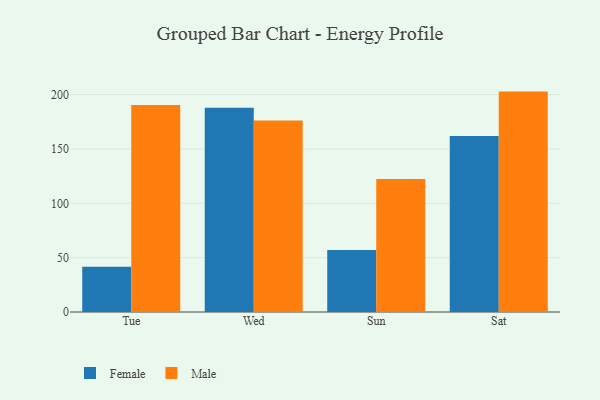
{"axis": {"x": "Day", "y": "Shipments"}, "legend": ["Female", "Male"], "data": [{"x": "Tue", "y": 41.7, "type": "Female"}, {"x": "Tue", "y": 190.5, "type": "Male"}, {"x": "Wed", "y": 187.9, "type": "Female"}, {"x": "Wed", "y": 176.3, "type": "Male"}, {"x": "Sun", "y": 57.0, "type": "Female"}, {"x": "Sun", "y": 122.3, "type": "Male"}, {"x": "Sat", "y": 162.0, "type": "Female"}, {"x": "Sat", "y": 202.8, "type": "Male"}]}